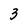
Character: 3